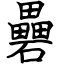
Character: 礨